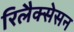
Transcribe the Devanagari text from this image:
रिलैक्सेसन